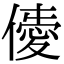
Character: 𠎹